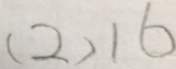
( 2 ) 1 6